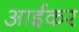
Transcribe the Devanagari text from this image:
आईकर